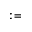
: =